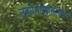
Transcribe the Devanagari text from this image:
उद्योगाखालोखाल